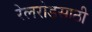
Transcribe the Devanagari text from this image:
रेलरोडसाठी